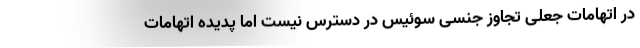
در اتهامات جعلی تجاوز جنسی سوئیس در دسترس نیست اما پدیده اتهامات